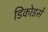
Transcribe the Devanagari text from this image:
डिकोडर्स